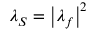
\lambda _ { S } = \left| \lambda _ { f } \right| ^ { 2 }